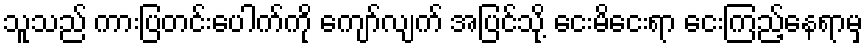
သူသည် ကားပြတင်းပေါက်ကို ကျော်လျက် အပြင်သို့ ငေးမိငေးရာ ငေးကြည့်နေရာမှ